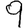
Digit: 9